Leaving Certificate Examination (including Day School Certificate (Higher) General paper), 1931
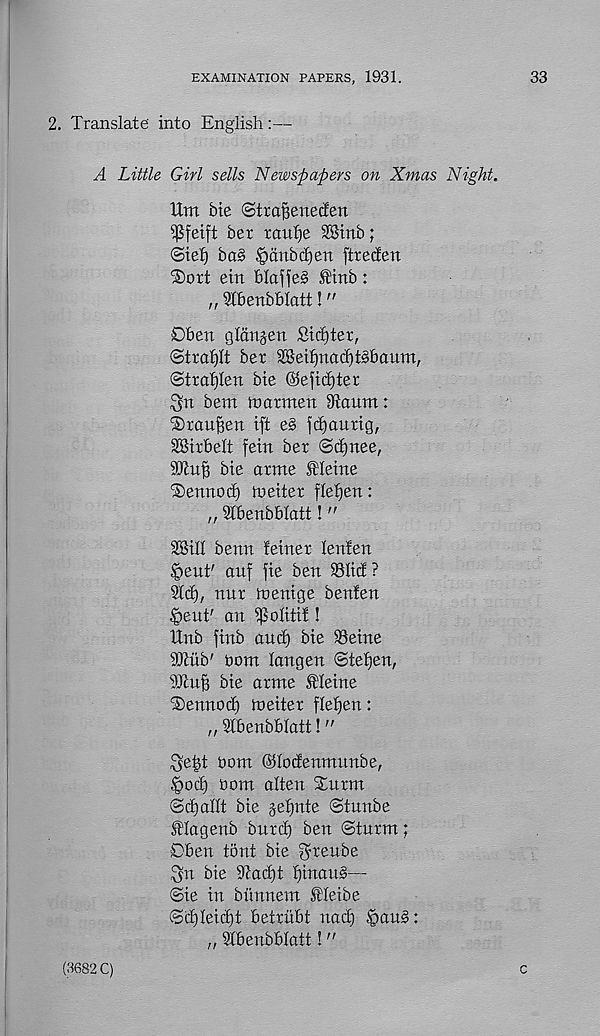
EXAMINATION PAPERS, 1931.
33
2. Translate' into English:—
A Little Girl sells Newspapers on Xmas Night.
Urn bte ©tra^enetfen
i}$feift ber raufje SStrtb;
©ief) ba§ |)ditbd)ett ftretfen
'Sort etn blafje§ ®mb:
„ Slbenbblatt!"
0ben gldnjen Sifter,
©traf)lt ber SSei^na^t^baum,
©trotjlen bte ©efid)ter
^tt bem toarmen 9fioum:
Srau^en ift e§ |d)aurig,
SBirbelt fein ber ©d)nee,
bie arme Oleine
Senrtod) toeiter fle^en:
„ Slbertbblatt!"
SBill benn feiner lenfcn
feeut' ouf fie ben 95Ii(f?
Sid), nnr toenige benfen
tgeut' an ^olitit!
Unb ftnb and) bie Seine
9Mb' oom langen ©tetjen,
9TcuB bie arnte JHeine
Sennod) toeiter flet)en:
„ Stbenbblatt!"
^e|t bom ©lodenmunbe,
§od) bom alten Snrm
©djallt bie jefjnte ©tunbe
Magenb burd) ben ©tnrm;
Dben tont bie ^reube
^n bie 9^ad)t f)tnau§—
©ie in bitnnem Meibe
©d)leid)t betriibt nad) |>au§:
„ ^[benbblatt!"
(3682 C)
c